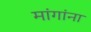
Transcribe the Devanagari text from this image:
मांगांना